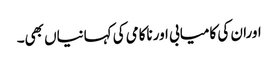
اوران کی کامیابی اورناکامی کی کہانیاں بھی۔